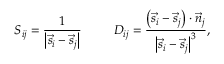
S _ { i j } = \frac { 1 } { \left| \vec { s } _ { i } - \vec { s } _ { j } \right| } \; \; \; \; \; \; \; \; \; D _ { i j } = \frac { \left( \vec { s } _ { i } - \vec { s } _ { j } \right) \cdot \vec { n } _ { j } } { \left| \vec { s } _ { i } - \vec { s } _ { j } \right| ^ { 3 } } ,